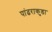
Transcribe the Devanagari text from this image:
पांढराकुडा